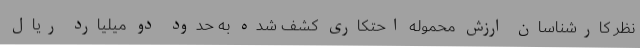
نظر کارشناسان ارزش محموله احتکاری کشف شده به حدود دو میلیارد ریال